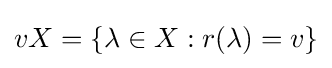
vX=\{\lambda \in X:r(\lambda )=v\}